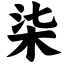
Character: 柒